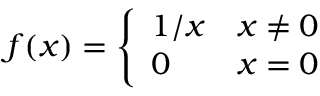
f ( x ) = { \left\{ \begin{array} { l l } { 1 / x } & { x \not = 0 } \\ { 0 } & { x = 0 } \end{array} \right. }